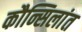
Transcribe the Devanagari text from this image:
कौन्सिलांत